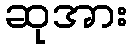
ဆုအား